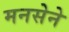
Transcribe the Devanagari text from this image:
मनसेने